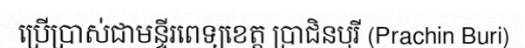
ប្រើប្រាស់ជាមន្ទីរពេទ្យខេត្ត ប្រាជិនបុរី (Prachin Buri)